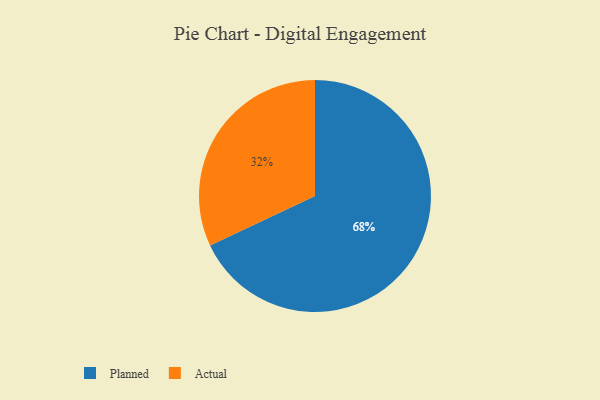
{"axis": {"x": "Category", "y": "Percentage"}, "legend": ["Actual", "Planned"], "data": [{"x": "Planned", "y": 68, "type": "Planned"}, {"x": "Actual", "y": 32, "type": "Actual"}]}